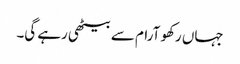
جہاں رکھو آرام سے بیٹھی رہے گی۔